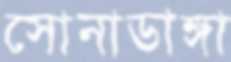
সোনাডাঙ্গা